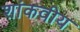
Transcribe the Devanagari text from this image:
शांकवीय